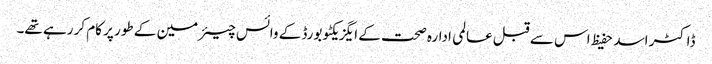
ڈاکٹر اسد حفیظ اس سے قبل عالمی ادارہ صحت کے ایگزیکٹو بورڈ کے وائس چیئرمین کے طور پر کام کر رہے تھے۔